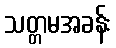
သတ္တမအခန်း